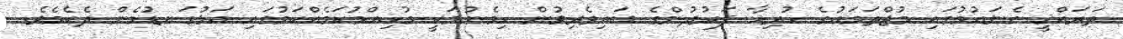
ތަރައްޤީ ގެނައުމުގައި މުޖްތަމަޢުގެ ހުރިހާ ފަރުދުންގެ ބައިވެރިވުން ހިމެނުމަކީ މުހިއްމުކަމެއްކަމުގައި އަޅުގަނޑުމެން ދެކެމެވެ.